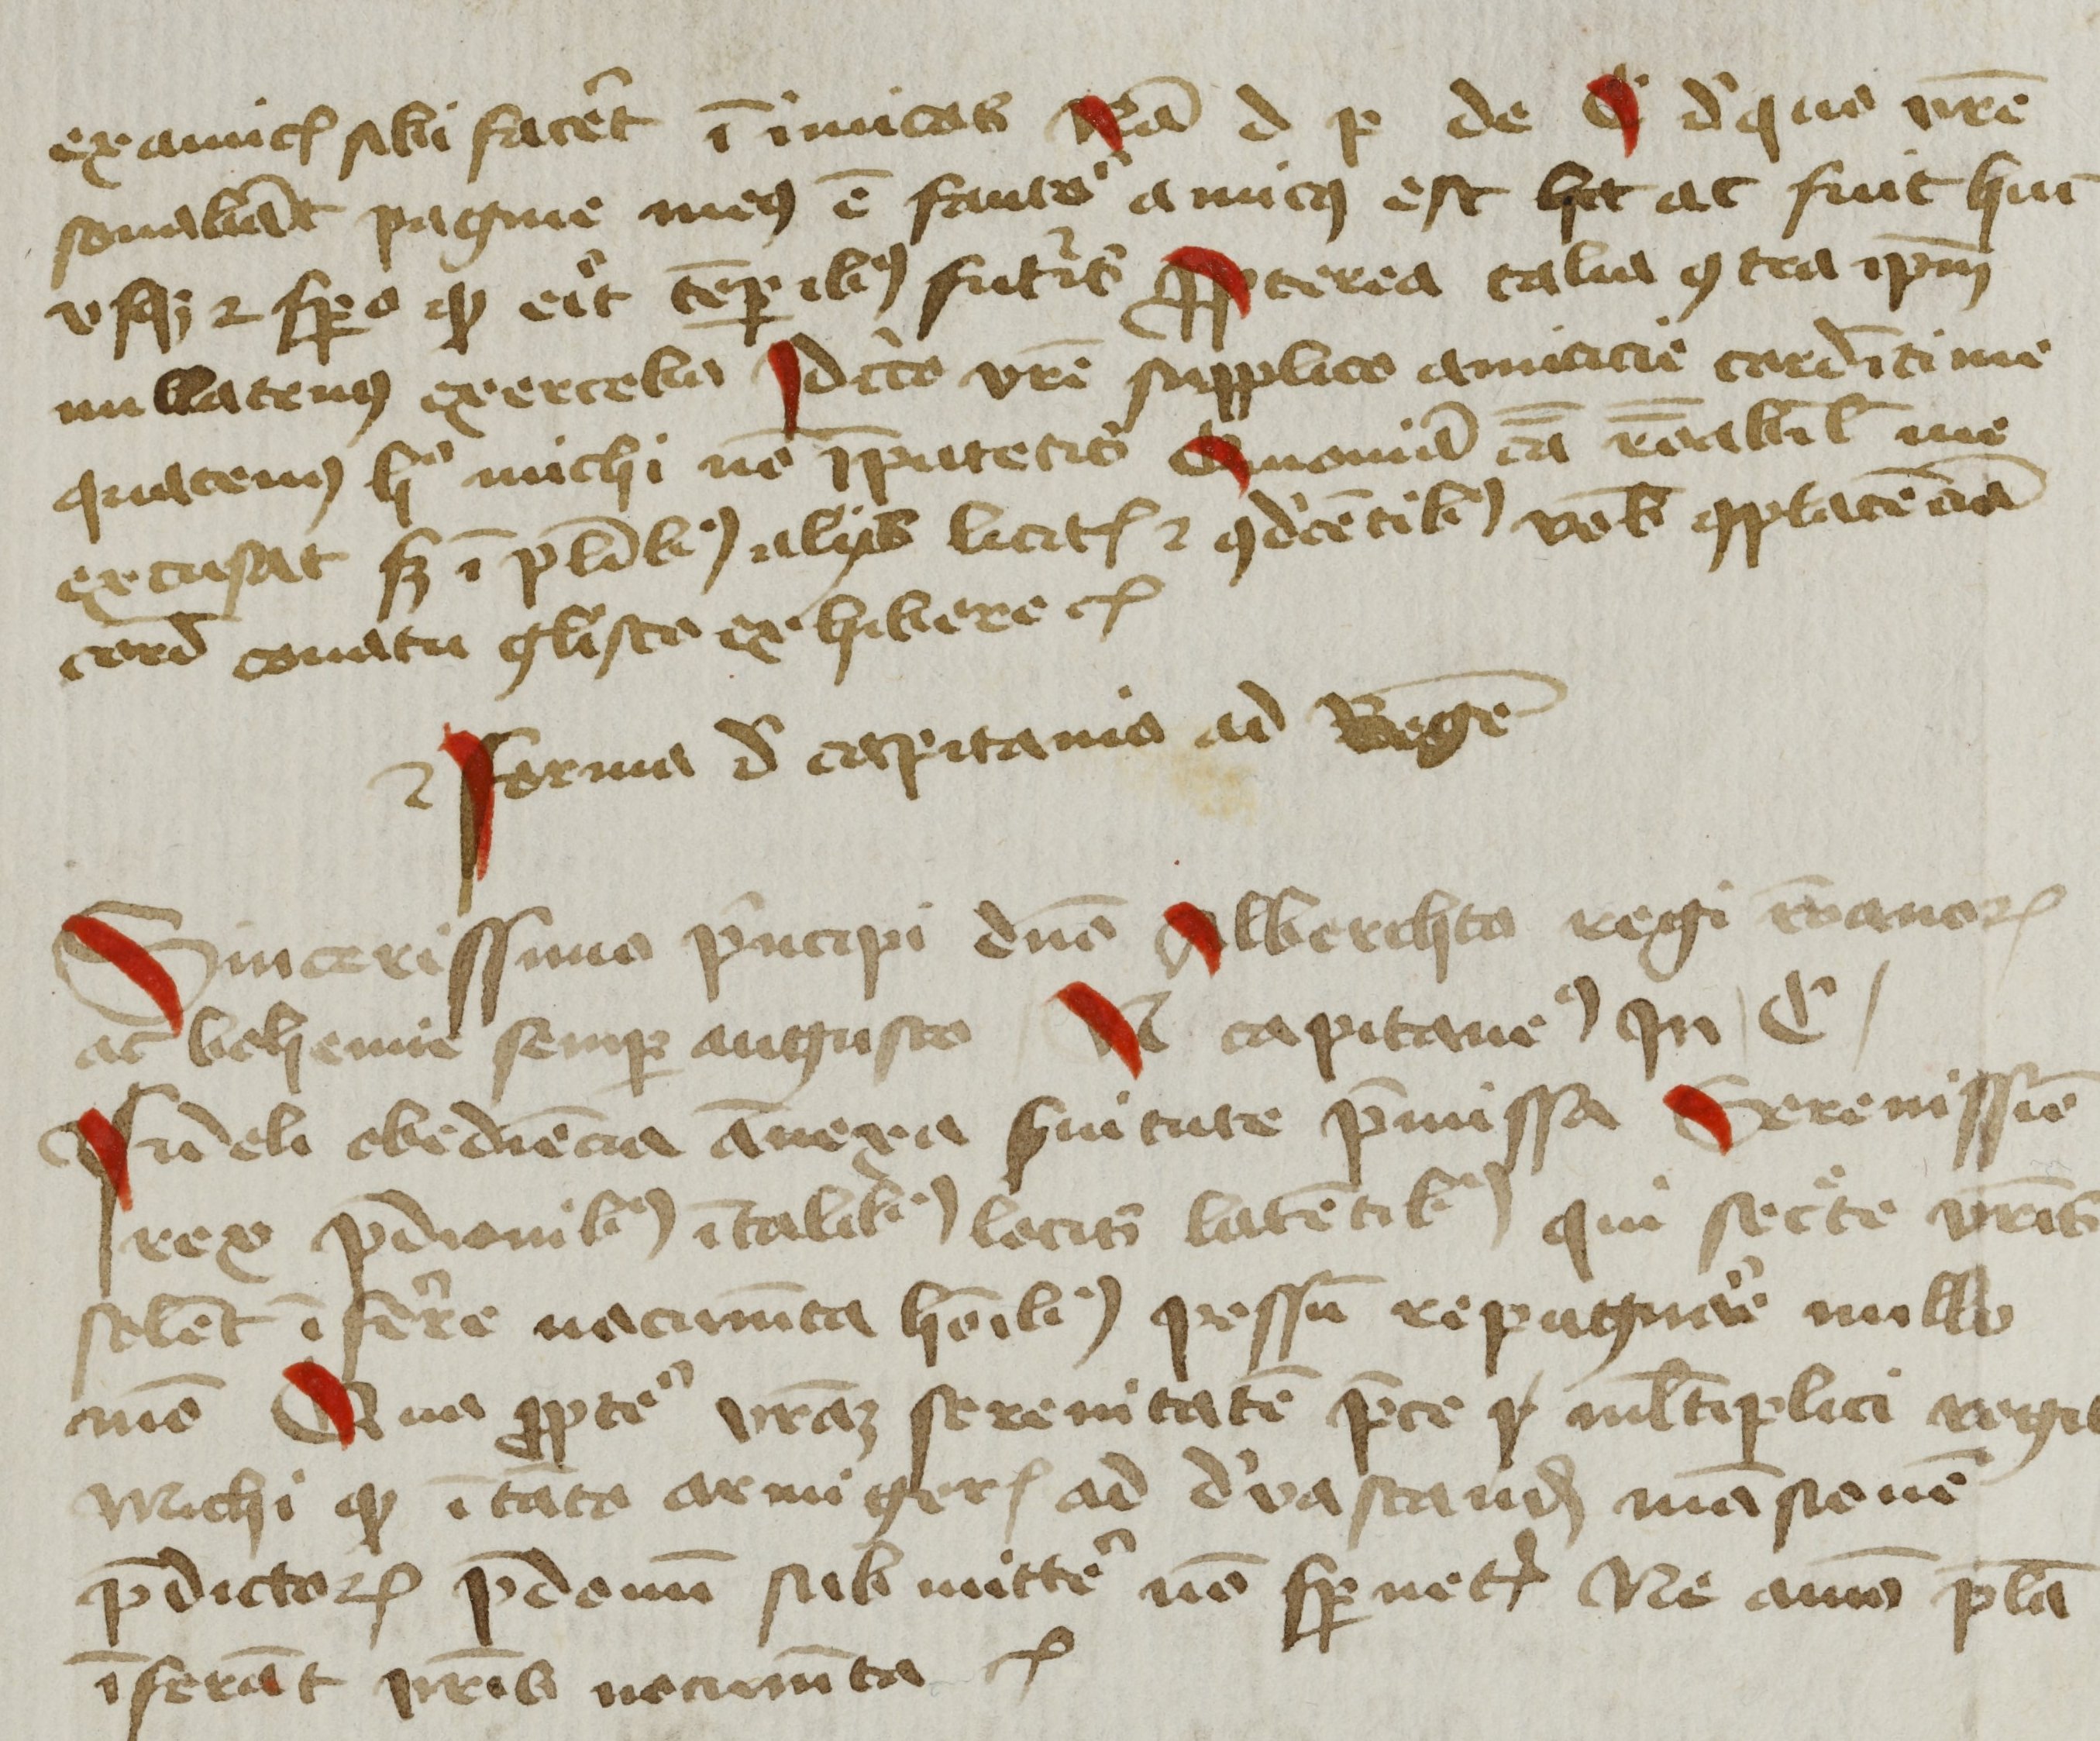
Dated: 1425–1449